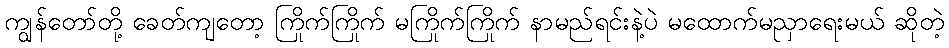
ကျွန်တော်တို့ ခေတ်ကျတော့ ကြိုက်ကြိုက် မကြိုက်ကြိုက် နာမည်ရင်းနဲ့ပဲ မထောက်မညှာရေးမယ် ဆိုတဲ့